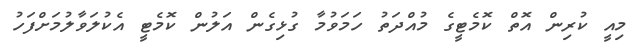
މިއީ ކުރިން އޮތް ކޮމެޓީގެ މުއްދަތު ހަމަވުމާ ގުޅިގެން އަލުން ކޮމެޓީ އެކުލަވާލުމަށްފަހު